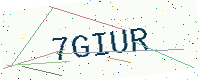
Text: 7GIUR